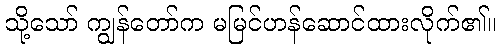
သို့သော် ကျွန်တော်က မမြင်ဟန်ဆောင်ထားလိုက်၏။